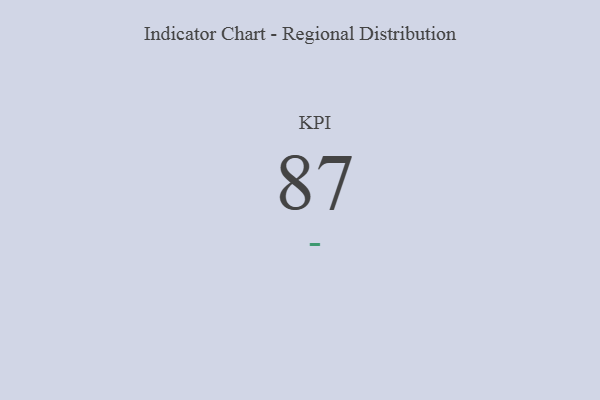
{"axis": {"x": "KPI", "y": "Value"}, "legend": [""], "data": [{"x": "KPI", "y": 87, "type": ""}]}